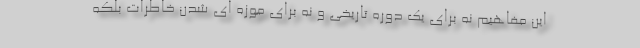
این مفاهیم نه برای یک دوره تاریخی و نه برای موزه ای شدن خاطرات بلکه